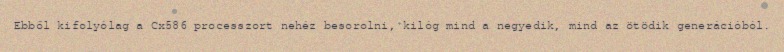
Ebből kifolyólag a Cx586 processzort nehéz besorolni, kilóg mind a negyedik, mind az ötödik generációból.